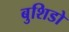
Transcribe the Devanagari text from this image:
बुशिडो